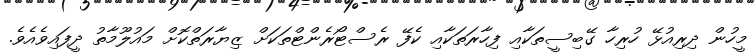
މީހުން ދިރިއުޅޭ ހުރިހާ ގޭބިސީތަކާއި ފިހާރަތަކާއި ކެފޭ ރެސްޓޯރެންޓްތަކަށް ޒިޔާރަތްކޮށް މައުލޫމާތު ދީފައިވެއެވެ.